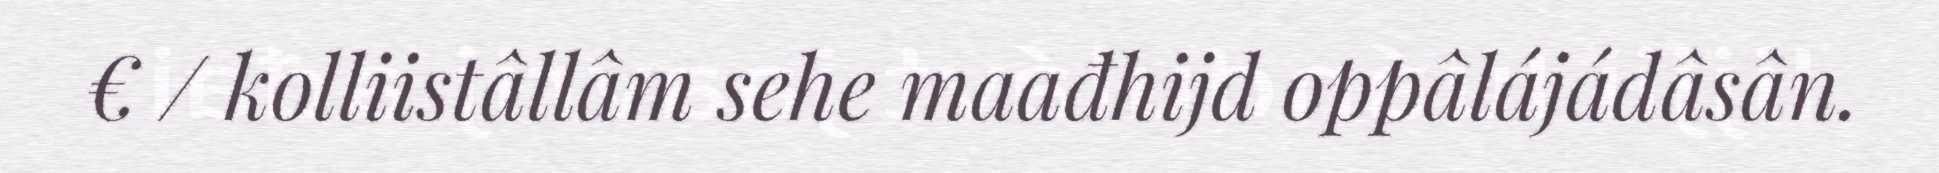
€ / kolliistâllâm sehe maađhijd oppâlájádâsân.